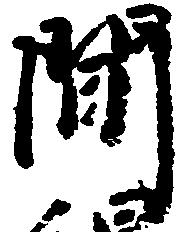
間